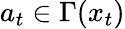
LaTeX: a_{t}\in\Gamma(x_{t})